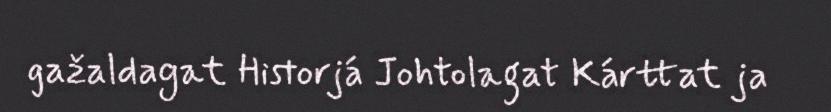
gažaldagat Historjá Johtolagat Kárttat ja